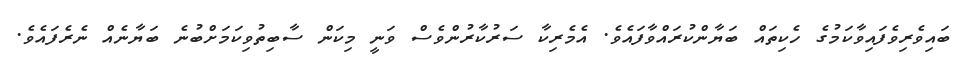
ބައިވެރިވެފައިވާކަމުގެ ހެކިތައް ބަޔާންކުރައްވާފައެވެ. އެމެރިކާ ސަރުކާރުންވެސް ވަނީ މިކަން ސާބިތުވިކަމަށްބުނެ ބަޔާނެއް ނެރެފައެވެ.